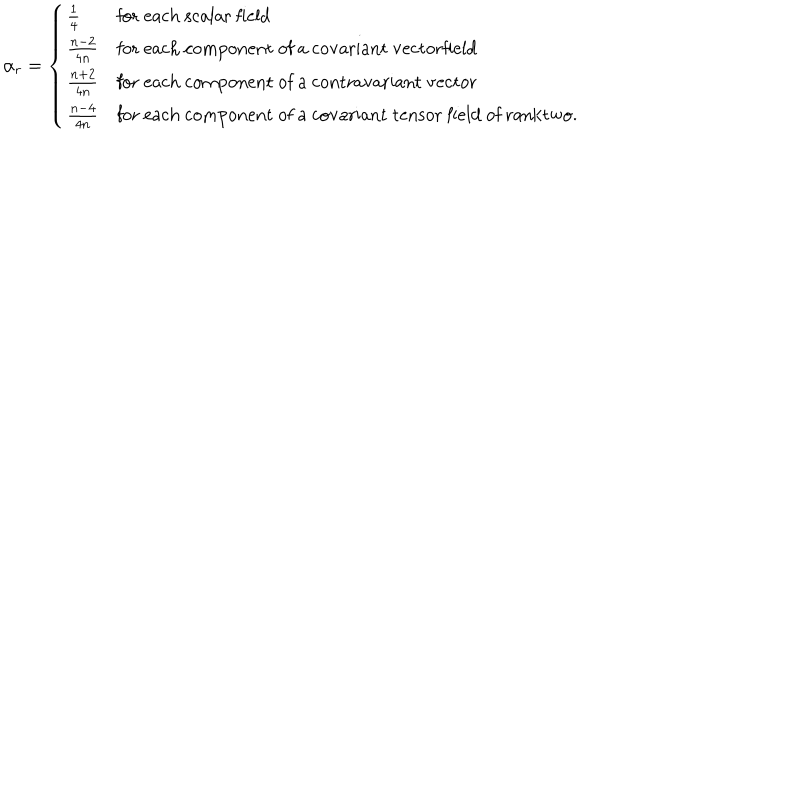
\alpha _ { r } = \left\{ \begin{array} { l l } { { \frac { 1 } { 4 } } } & { { \mathrm { f o r ~ e a c h ~ s c a l a r ~ f i e l d } } } \\ { { \frac { n - 2 } { 4 n } } } & { { \mathrm { f o r ~ e a c h ~ c o m p o n e n t ~ o f ~ a ~ c o v a r i a n t ~ v e c t o r f i e l d } } } \\ { { \frac { n + 2 } { 4 n } } } & { { \mathrm { f o r ~ e a c h ~ c o m p o n e n t ~ o f ~ a ~ c o n t r a v a r i a n t ~ v e c t o r } } } \\ { { \frac { n - 4 } { 4 n } } } & { { \mathrm { f o r ~ e a c h ~ c o m p o n e n t ~ o f ~ a ~ c o v a r i a n t ~ t e n s o r ~ f i e l d ~ o f ~ r a n k t w o . } } } \\ \end{array} \right.